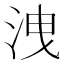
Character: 洩